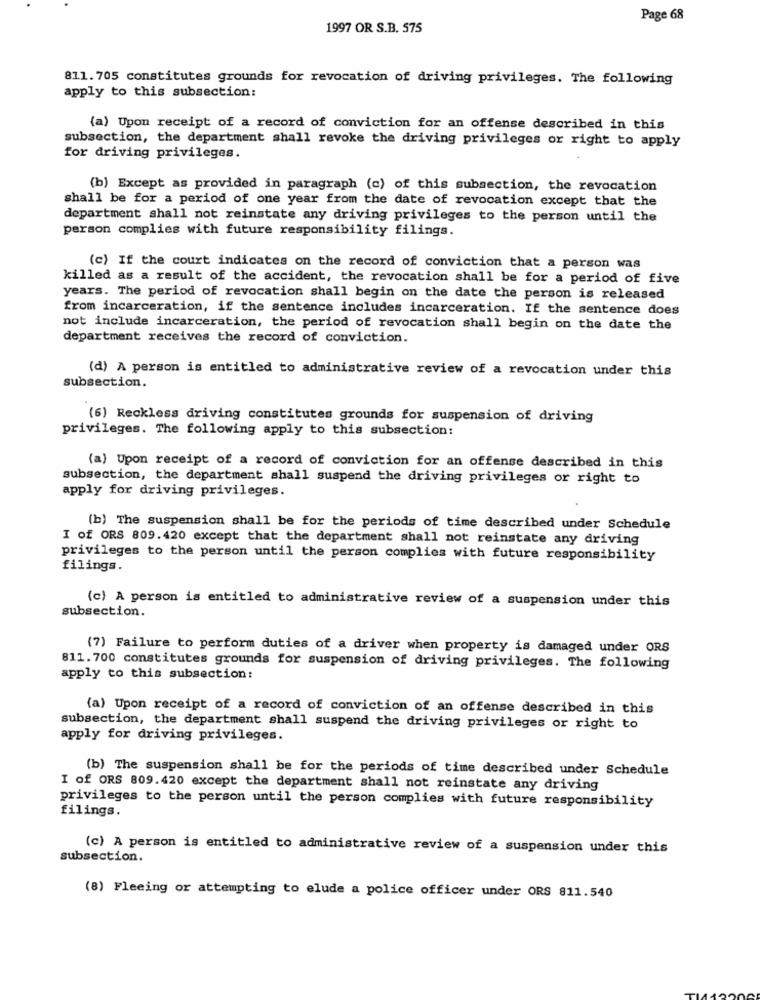
Page 68
1997 OR S.B. 575
811. 705 constitutes grounds for revocation of driving privileges. The following
apply to this subsection:
(a) Upon receipt of a record of conviction for an offense described in this
subsection, the department shall revoke the driving privileges or right to apply
for driving privileges.
(b) Except as provided in paragraph (c) of this subsection, the revocation
shall be for a period of one year from the date of revocation except that the
department shall not reinstate any driving privileges to the person until the
person complies with future responsibility filings.
(c) If the court indicates on the record of conviction that a person was
killed as a result of the accident, the revocation shall be for a period of five
years. The period of revocation shall begin on the date the person is released
from incarceration, if the sentence includes incarceration. If the sentence does
not include incarceration, the period of revocation shall begin on the date the
department receives the record of conviction.
(d) A person is entitled to administrative review of a revocation under this
subsection.
(6) Reckless driving constitutes grounds for suspension of driving
privileges. The following apply to this subsection:
(a) Upon receipt of a record of conviction for an offense described in this
subsection, the department shall suspend the driving privileges or right to
apply for driving privileges.
(b) The suspension shall be for the periods of time described under Schedule
I of ORS 809.420 except that the department shall not reinstate any driving
privileges to the person until the person complies with future responsibility
filings.
(c) A person is entitled to administrative review of a suspension under this
subsection.
(7) Failure to perform duties of a driver when property is damaged under ORS
811.700 constitutes grounds for suspension of driving privileges. The following
apply to this subsection:
(a) Upon receipt of a record of conviction of an offense described in this
subsection, the department shall suspend the driving privileges or right to
apply for driving privileges.
(b) The suspension shall be for the periods of time described under Schedule
I of ORS 809.420 except the department shall not reinstate any driving
privileges to the person until the person complies with future responsibility
filings.
(c) A person is entitled to administrative review of a suspension under this
subsection.
(8) Fleeing or attempting to elude a police officer under ORS 811.540